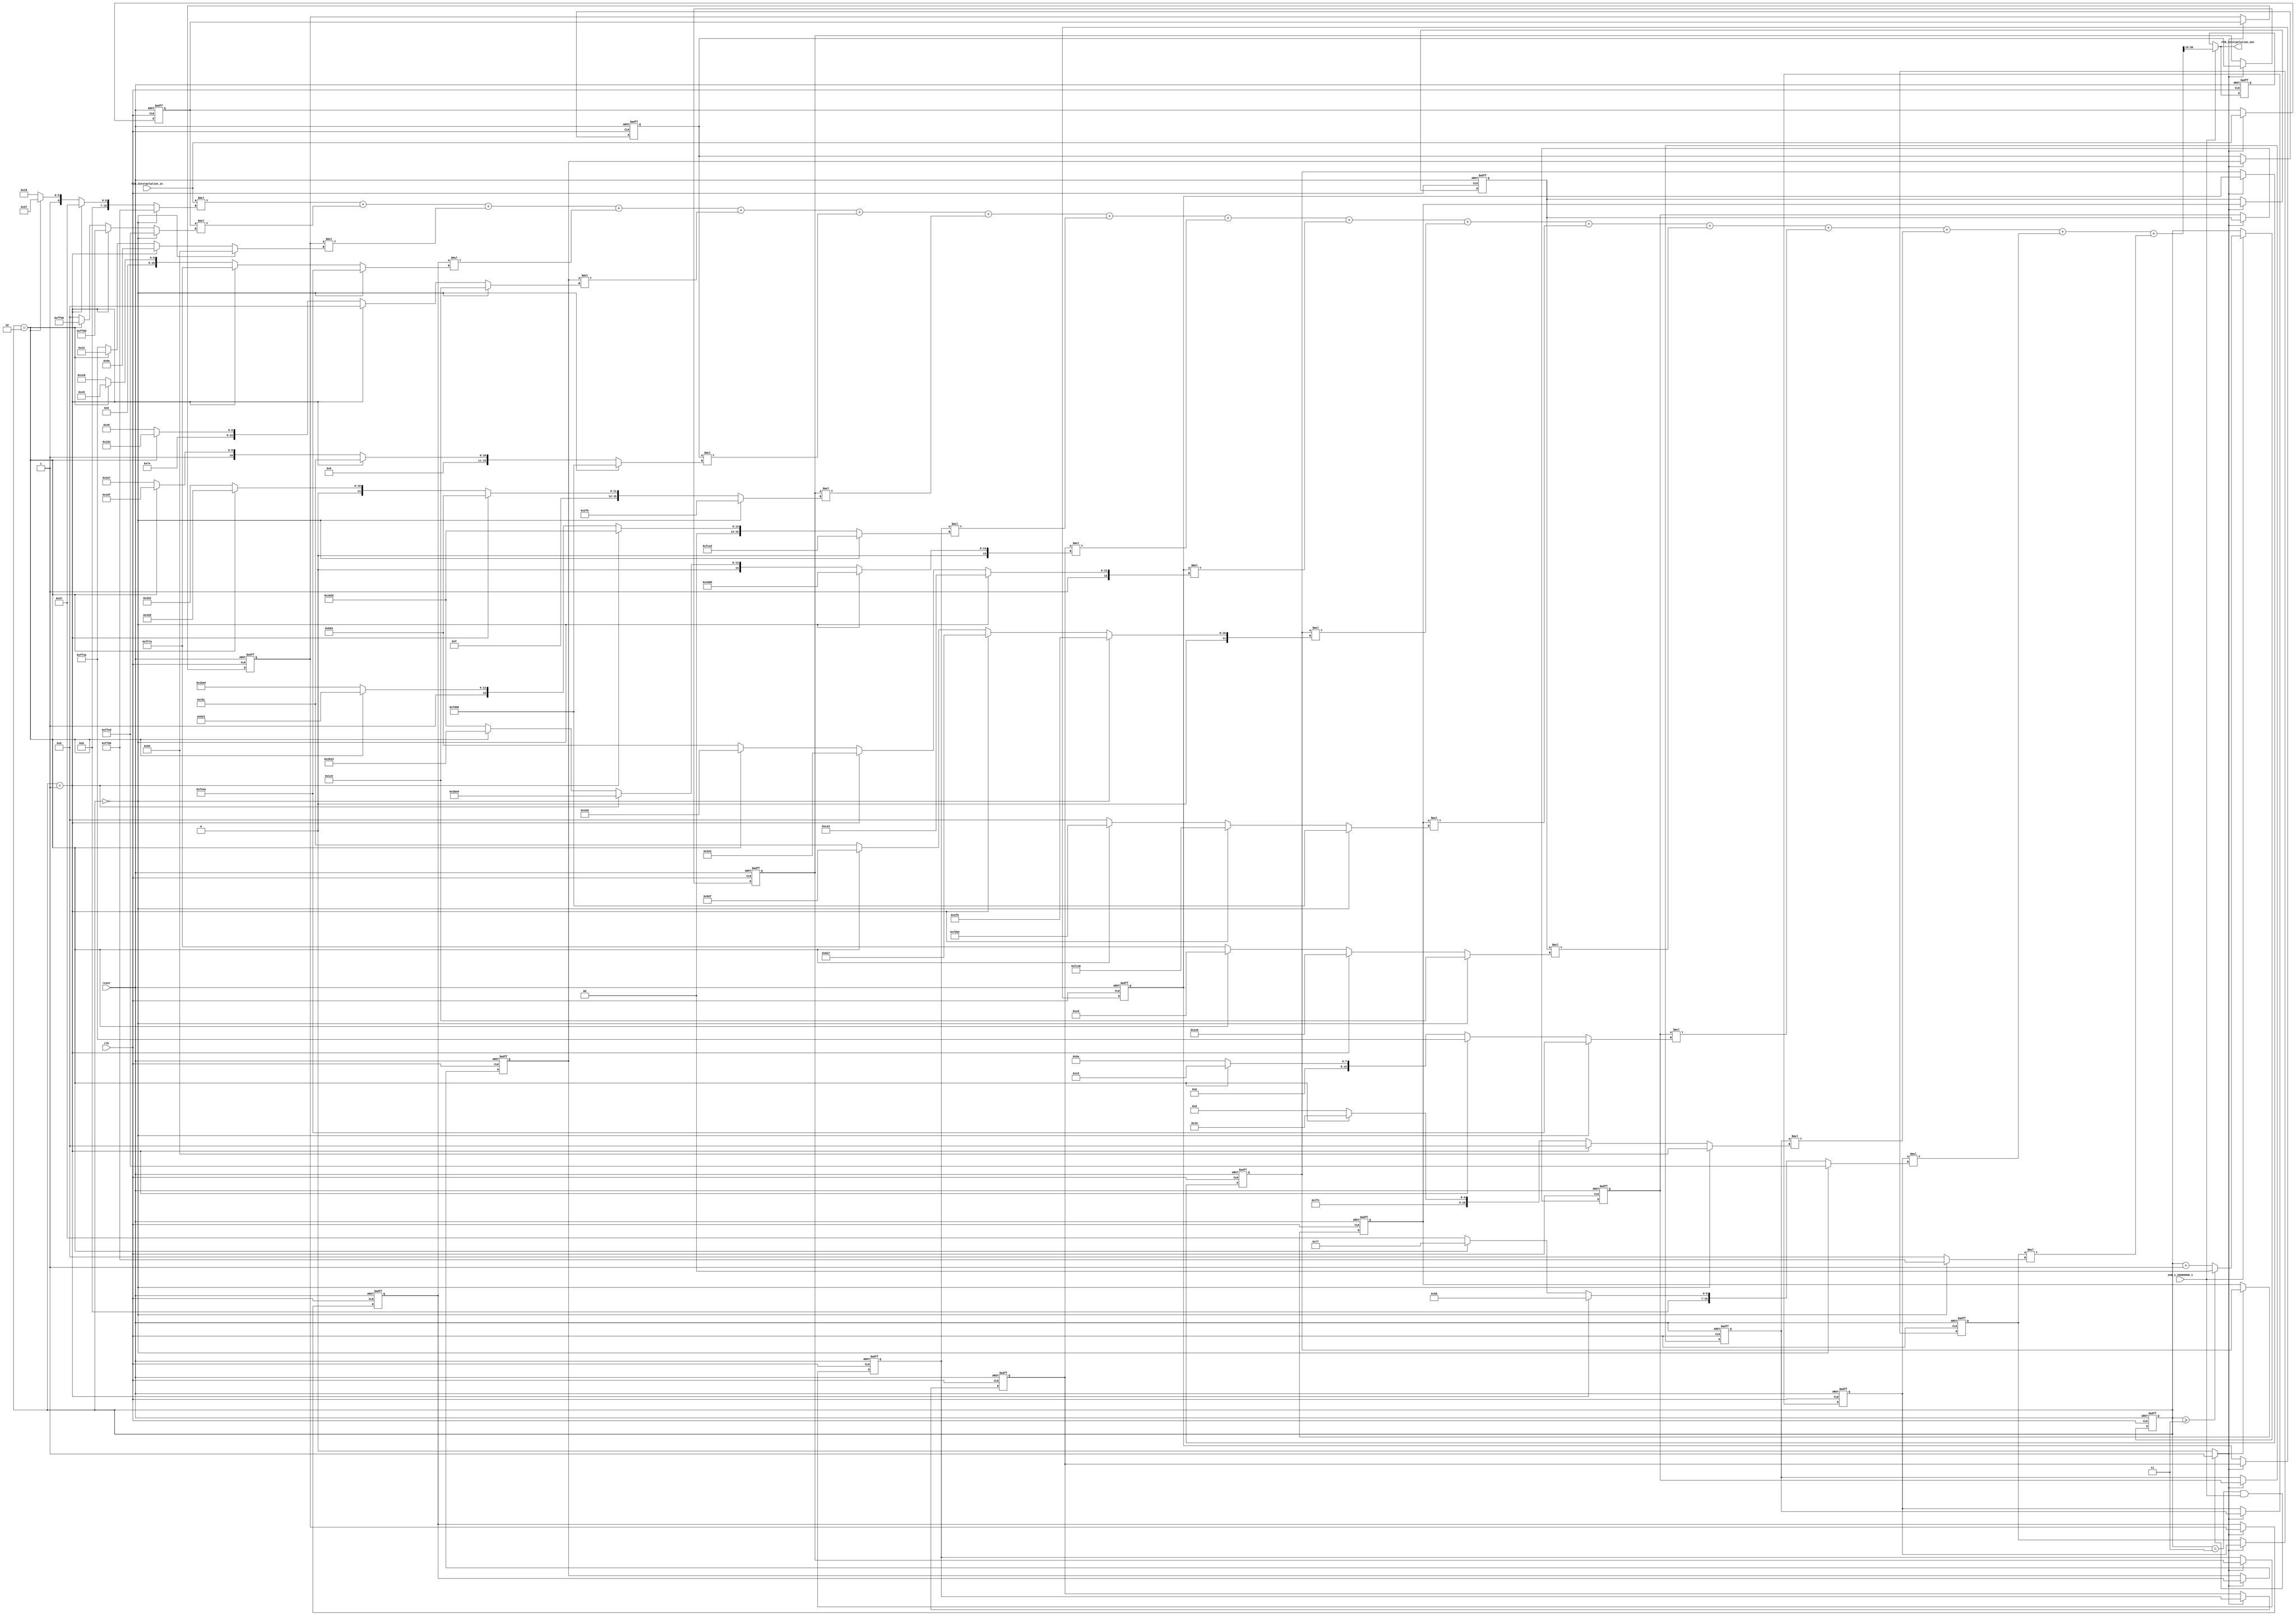
// ------------------------------------------------------------
// 
// Generated by MATLAB 9.12 and HDL Coder 3.20
// 
// ------------------------------------------------------------
// 
// 
// ------------------------------------------------------------
// 
// Module: FIR_Interpolation
// Source Path: /FIR_Interpolation
// 
// ------------------------------------------------------------
// 
// HDL Implementation    : Fully parallel
// Folding Factor        : 1
// Multipliers           : 17



`timescale 1 ns / 1 ns

module FIR_Interpolation
               (
                clk,
                enb_1_25000000_1,
                reset,
                FIR_Interpolation_in,
                FIR_Interpolation_out
                );

  input   clk; 
  input   enb_1_25000000_1; 
  input   reset; 
  input   signed [15:0] FIR_Interpolation_in; //sfix16_En12
  output  signed [15:0] FIR_Interpolation_out; //sfix16_En12

////////////////////////////////////////////////////////////////
//Module Architecture: FIR_Interpolation
////////////////////////////////////////////////////////////////
  // Local Functions
  // Type Definitions
  // Constants
  parameter signed [15:0] coeffphase1_1 = 16'b1111111111010000; //sfix16_En15
  parameter signed [15:0] coeffphase1_2 = 16'b1111111111101101; //sfix16_En15
  parameter signed [15:0] coeffphase1_3 = 16'b0000000010000010; //sfix16_En15
  parameter signed [15:0] coeffphase1_4 = 16'b1111111011101010; //sfix16_En15
  parameter signed [15:0] coeffphase1_5 = 16'b0000000111000000; //sfix16_En15
  parameter signed [15:0] coeffphase1_6 = 16'b1111110110010110; //sfix16_En15
  parameter signed [15:0] coeffphase1_7 = 16'b0000001011111011; //sfix16_En15
  parameter signed [15:0] coeffphase1_8 = 16'b1111110010100011; //sfix16_En15
  parameter signed [15:0] coeffphase1_9 = 16'b0100001110000000; //sfix16_En15
  parameter signed [15:0] coeffphase1_10 = 16'b1111110010100011; //sfix16_En15
  parameter signed [15:0] coeffphase1_11 = 16'b0000001011111011; //sfix16_En15
  parameter signed [15:0] coeffphase1_12 = 16'b1111110110010110; //sfix16_En15
  parameter signed [15:0] coeffphase1_13 = 16'b0000000111000000; //sfix16_En15
  parameter signed [15:0] coeffphase1_14 = 16'b1111111011101010; //sfix16_En15
  parameter signed [15:0] coeffphase1_15 = 16'b0000000010000010; //sfix16_En15
  parameter signed [15:0] coeffphase1_16 = 16'b1111111111101101; //sfix16_En15
  parameter signed [15:0] coeffphase1_17 = 16'b1111111111010000; //sfix16_En15
  parameter signed [15:0] coeffphase2_1 = 16'b0000000000110111; //sfix16_En15
  parameter signed [15:0] coeffphase2_2 = 16'b1111111110001101; //sfix16_En15
  parameter signed [15:0] coeffphase2_3 = 16'b0000000010011010; //sfix16_En15
  parameter signed [15:0] coeffphase2_4 = 16'b1111111101111010; //sfix16_En15
  parameter signed [15:0] coeffphase2_5 = 16'b0000000000000000; //sfix16_En15
  parameter signed [15:0] coeffphase2_6 = 16'b0000000101011100; //sfix16_En15
  parameter signed [15:0] coeffphase2_7 = 16'b1111101101100011; //sfix16_En15
  parameter signed [15:0] coeffphase2_8 = 16'b0001000000100110; //sfix16_En15
  parameter signed [15:0] coeffphase2_9 = 16'b0011101111100000; //sfix16_En15
  parameter signed [15:0] coeffphase2_10 = 16'b1111001100110011; //sfix16_En15
  parameter signed [15:0] coeffphase2_11 = 16'b0000011010100111; //sfix16_En15
  parameter signed [15:0] coeffphase2_12 = 16'b1111110001000110; //sfix16_En15
  parameter signed [15:0] coeffphase2_13 = 16'b0000000111100110; //sfix16_En15
  parameter signed [15:0] coeffphase2_14 = 16'b1111111101001010; //sfix16_En15
  parameter signed [15:0] coeffphase2_15 = 16'b0000000000000000; //sfix16_En15
  parameter signed [15:0] coeffphase2_16 = 16'b0000000001011000; //sfix16_En15
  parameter signed [15:0] coeffphase2_17 = 16'b0000000000000000; //sfix16_En15
  parameter signed [15:0] coeffphase3_1 = 16'b0000000001110111; //sfix16_En15
  parameter signed [15:0] coeffphase3_2 = 16'b1111111110010000; //sfix16_En15
  parameter signed [15:0] coeffphase3_3 = 16'b0000000000010101; //sfix16_En15
  parameter signed [15:0] coeffphase3_4 = 16'b0000000011001000; //sfix16_En15
  parameter signed [15:0] coeffphase3_5 = 16'b1111110110010010; //sfix16_En15
  parameter signed [15:0] coeffphase3_6 = 16'b0000010101101111; //sfix16_En15
  parameter signed [15:0] coeffphase3_7 = 16'b1111010000101101; //sfix16_En15
  parameter signed [15:0] coeffphase3_8 = 16'b0010100000100011; //sfix16_En15
  parameter signed [15:0] coeffphase3_9 = 16'b0010100000100011; //sfix16_En15
  parameter signed [15:0] coeffphase3_10 = 16'b1111010000101101; //sfix16_En15
  parameter signed [15:0] coeffphase3_11 = 16'b0000010101101111; //sfix16_En15
  parameter signed [15:0] coeffphase3_12 = 16'b1111110110010010; //sfix16_En15
  parameter signed [15:0] coeffphase3_13 = 16'b0000000011001000; //sfix16_En15
  parameter signed [15:0] coeffphase3_14 = 16'b0000000000010101; //sfix16_En15
  parameter signed [15:0] coeffphase3_15 = 16'b1111111110010000; //sfix16_En15
  parameter signed [15:0] coeffphase3_16 = 16'b0000000001110111; //sfix16_En15
  parameter signed [15:0] coeffphase3_17 = 16'b0000000000000000; //sfix16_En15
  parameter signed [15:0] coeffphase4_1 = 16'b0000000001011000; //sfix16_En15
  parameter signed [15:0] coeffphase4_2 = 16'b0000000000000000; //sfix16_En15
  parameter signed [15:0] coeffphase4_3 = 16'b1111111101001010; //sfix16_En15
  parameter signed [15:0] coeffphase4_4 = 16'b0000000111100110; //sfix16_En15
  parameter signed [15:0] coeffphase4_5 = 16'b1111110001000110; //sfix16_En15
  parameter signed [15:0] coeffphase4_6 = 16'b0000011010100111; //sfix16_En15
  parameter signed [15:0] coeffphase4_7 = 16'b1111001100110011; //sfix16_En15
  parameter signed [15:0] coeffphase4_8 = 16'b0011101111100000; //sfix16_En15
  parameter signed [15:0] coeffphase4_9 = 16'b0001000000100110; //sfix16_En15
  parameter signed [15:0] coeffphase4_10 = 16'b1111101101100011; //sfix16_En15
  parameter signed [15:0] coeffphase4_11 = 16'b0000000101011100; //sfix16_En15
  parameter signed [15:0] coeffphase4_12 = 16'b0000000000000000; //sfix16_En15
  parameter signed [15:0] coeffphase4_13 = 16'b1111111101111010; //sfix16_En15
  parameter signed [15:0] coeffphase4_14 = 16'b0000000010011010; //sfix16_En15
  parameter signed [15:0] coeffphase4_15 = 16'b1111111110001101; //sfix16_En15
  parameter signed [15:0] coeffphase4_16 = 16'b0000000000110111; //sfix16_En15
  parameter signed [15:0] coeffphase4_17 = 16'b0000000000000000; //sfix16_En15

  // Signals
  reg  [1:0] cur_count; // ufix2
  wire phase_3; // boolean
  reg  signed [15:0] delay_pipeline [0:15] ; // sfix16_En12
  wire signed [31:0] product; // sfix32_En27
  wire signed [15:0] product_mux; // sfix16_En15
  wire signed [31:0] product_1; // sfix32_En27
  wire signed [15:0] product_mux_1; // sfix16_En15
  wire signed [31:0] product_2; // sfix32_En27
  wire signed [15:0] product_mux_2; // sfix16_En15
  wire signed [31:0] product_3; // sfix32_En27
  wire signed [15:0] product_mux_3; // sfix16_En15
  wire signed [31:0] product_4; // sfix32_En27
  wire signed [15:0] product_mux_4; // sfix16_En15
  wire signed [31:0] product_5; // sfix32_En27
  wire signed [15:0] product_mux_5; // sfix16_En15
  wire signed [31:0] product_6; // sfix32_En27
  wire signed [15:0] product_mux_6; // sfix16_En15
  wire signed [31:0] product_7; // sfix32_En27
  wire signed [15:0] product_mux_7; // sfix16_En15
  wire signed [31:0] product_8; // sfix32_En27
  wire signed [15:0] product_mux_8; // sfix16_En15
  wire signed [31:0] product_9; // sfix32_En27
  wire signed [15:0] product_mux_9; // sfix16_En15
  wire signed [31:0] product_10; // sfix32_En27
  wire signed [15:0] product_mux_10; // sfix16_En15
  wire signed [31:0] product_11; // sfix32_En27
  wire signed [15:0] product_mux_11; // sfix16_En15
  wire signed [31:0] product_12; // sfix32_En27
  wire signed [15:0] product_mux_12; // sfix16_En15
  wire signed [31:0] product_13; // sfix32_En27
  wire signed [15:0] product_mux_13; // sfix16_En15
  wire signed [31:0] product_14; // sfix32_En27
  wire signed [15:0] product_mux_14; // sfix16_En15
  wire signed [31:0] product_15; // sfix32_En27
  wire signed [15:0] product_mux_15; // sfix16_En15
  wire signed [31:0] product_16; // sfix32_En27
  wire signed [15:0] product_mux_16; // sfix16_En15
  wire signed [31:0] sum1; // sfix32_En27
  wire signed [31:0] add_cast; // sfix32_En27
  wire signed [31:0] add_cast_1; // sfix32_En27
  wire signed [32:0] add_temp; // sfix33_En27
  wire signed [31:0] sum2; // sfix32_En27
  wire signed [31:0] add_cast_2; // sfix32_En27
  wire signed [31:0] add_cast_3; // sfix32_En27
  wire signed [32:0] add_temp_1; // sfix33_En27
  wire signed [31:0] sum3; // sfix32_En27
  wire signed [31:0] add_cast_4; // sfix32_En27
  wire signed [31:0] add_cast_5; // sfix32_En27
  wire signed [32:0] add_temp_2; // sfix33_En27
  wire signed [31:0] sum4; // sfix32_En27
  wire signed [31:0] add_cast_6; // sfix32_En27
  wire signed [31:0] add_cast_7; // sfix32_En27
  wire signed [32:0] add_temp_3; // sfix33_En27
  wire signed [31:0] sum5; // sfix32_En27
  wire signed [31:0] add_cast_8; // sfix32_En27
  wire signed [31:0] add_cast_9; // sfix32_En27
  wire signed [32:0] add_temp_4; // sfix33_En27
  wire signed [31:0] sum6; // sfix32_En27
  wire signed [31:0] add_cast_10; // sfix32_En27
  wire signed [31:0] add_cast_11; // sfix32_En27
  wire signed [32:0] add_temp_5; // sfix33_En27
  wire signed [31:0] sum7; // sfix32_En27
  wire signed [31:0] add_cast_12; // sfix32_En27
  wire signed [31:0] add_cast_13; // sfix32_En27
  wire signed [32:0] add_temp_6; // sfix33_En27
  wire signed [31:0] sum8; // sfix32_En27
  wire signed [31:0] add_cast_14; // sfix32_En27
  wire signed [31:0] add_cast_15; // sfix32_En27
  wire signed [32:0] add_temp_7; // sfix33_En27
  wire signed [31:0] sum9; // sfix32_En27
  wire signed [31:0] add_cast_16; // sfix32_En27
  wire signed [31:0] add_cast_17; // sfix32_En27
  wire signed [32:0] add_temp_8; // sfix33_En27
  wire signed [31:0] sum10; // sfix32_En27
  wire signed [31:0] add_cast_18; // sfix32_En27
  wire signed [31:0] add_cast_19; // sfix32_En27
  wire signed [32:0] add_temp_9; // sfix33_En27
  wire signed [31:0] sum11; // sfix32_En27
  wire signed [31:0] add_cast_20; // sfix32_En27
  wire signed [31:0] add_cast_21; // sfix32_En27
  wire signed [32:0] add_temp_10; // sfix33_En27
  wire signed [31:0] sum12; // sfix32_En27
  wire signed [31:0] add_cast_22; // sfix32_En27
  wire signed [31:0] add_cast_23; // sfix32_En27
  wire signed [32:0] add_temp_11; // sfix33_En27
  wire signed [31:0] sum13; // sfix32_En27
  wire signed [31:0] add_cast_24; // sfix32_En27
  wire signed [31:0] add_cast_25; // sfix32_En27
  wire signed [32:0] add_temp_12; // sfix33_En27
  wire signed [31:0] sum14; // sfix32_En27
  wire signed [31:0] add_cast_26; // sfix32_En27
  wire signed [31:0] add_cast_27; // sfix32_En27
  wire signed [32:0] add_temp_13; // sfix33_En27
  wire signed [31:0] sum15; // sfix32_En27
  wire signed [31:0] add_cast_28; // sfix32_En27
  wire signed [31:0] add_cast_29; // sfix32_En27
  wire signed [32:0] add_temp_14; // sfix33_En27
  wire signed [31:0] sum16; // sfix32_En27
  wire signed [31:0] add_cast_30; // sfix32_En27
  wire signed [31:0] add_cast_31; // sfix32_En27
  wire signed [32:0] add_temp_15; // sfix33_En27
  wire signed [15:0] output_typeconvert; // sfix16_En12
  reg  signed [15:0] regout; // sfix16_En12
  wire signed [15:0] muxout; // sfix16_En12

  // Block Statements
  always @ (posedge clk or posedge reset)
    begin: ce_output
      if (reset == 1'b1) begin
        cur_count <= 2'b00;
      end
      else begin
        if (enb_1_25000000_1 == 1'b1) begin
          if (cur_count >= 2'b11) begin
            cur_count <= 2'b00;
          end
          else begin
            cur_count <= cur_count + 2'b01;
          end
        end
      end
    end // ce_output

  assign  phase_3 = (cur_count == 2'b11 && enb_1_25000000_1 == 1'b1) ? 1'b1 : 1'b0;

  //   ---------------- Delay Registers ----------------

  always @( posedge clk or posedge reset)
    begin: Delay_Pipeline_process
      if (reset == 1'b1) begin
        delay_pipeline[0] <= 0;
        delay_pipeline[1] <= 0;
        delay_pipeline[2] <= 0;
        delay_pipeline[3] <= 0;
        delay_pipeline[4] <= 0;
        delay_pipeline[5] <= 0;
        delay_pipeline[6] <= 0;
        delay_pipeline[7] <= 0;
        delay_pipeline[8] <= 0;
        delay_pipeline[9] <= 0;
        delay_pipeline[10] <= 0;
        delay_pipeline[11] <= 0;
        delay_pipeline[12] <= 0;
        delay_pipeline[13] <= 0;
        delay_pipeline[14] <= 0;
        delay_pipeline[15] <= 0;
      end
      else begin
        if (phase_3 == 1'b1) begin
          delay_pipeline[0] <= FIR_Interpolation_in;
          delay_pipeline[1] <= delay_pipeline[0];
          delay_pipeline[2] <= delay_pipeline[1];
          delay_pipeline[3] <= delay_pipeline[2];
          delay_pipeline[4] <= delay_pipeline[3];
          delay_pipeline[5] <= delay_pipeline[4];
          delay_pipeline[6] <= delay_pipeline[5];
          delay_pipeline[7] <= delay_pipeline[6];
          delay_pipeline[8] <= delay_pipeline[7];
          delay_pipeline[9] <= delay_pipeline[8];
          delay_pipeline[10] <= delay_pipeline[9];
          delay_pipeline[11] <= delay_pipeline[10];
          delay_pipeline[12] <= delay_pipeline[11];
          delay_pipeline[13] <= delay_pipeline[12];
          delay_pipeline[14] <= delay_pipeline[13];
          delay_pipeline[15] <= delay_pipeline[14];
        end
      end
    end // Delay_Pipeline_process


  assign product_mux = (cur_count == 2'b00) ? coeffphase1_17 :
                      (cur_count == 2'b01) ? coeffphase2_17 :
                      (cur_count == 2'b10) ? coeffphase3_17 :
                      coeffphase4_17;
  assign product = delay_pipeline[15] * product_mux;

  assign product_mux_1 = (cur_count == 2'b00) ? coeffphase1_16 :
                        (cur_count == 2'b01) ? coeffphase2_16 :
                        (cur_count == 2'b10) ? coeffphase3_16 :
                        coeffphase4_16;
  assign product_1 = delay_pipeline[14] * product_mux_1;

  assign product_mux_2 = (cur_count == 2'b00) ? coeffphase1_15 :
                        (cur_count == 2'b01) ? coeffphase2_15 :
                        (cur_count == 2'b10) ? coeffphase3_15 :
                        coeffphase4_15;
  assign product_2 = delay_pipeline[13] * product_mux_2;

  assign product_mux_3 = (cur_count == 2'b00) ? coeffphase1_14 :
                        (cur_count == 2'b01) ? coeffphase2_14 :
                        (cur_count == 2'b10) ? coeffphase3_14 :
                        coeffphase4_14;
  assign product_3 = delay_pipeline[12] * product_mux_3;

  assign product_mux_4 = (cur_count == 2'b00) ? coeffphase1_13 :
                        (cur_count == 2'b01) ? coeffphase2_13 :
                        (cur_count == 2'b10) ? coeffphase3_13 :
                        coeffphase4_13;
  assign product_4 = delay_pipeline[11] * product_mux_4;

  assign product_mux_5 = (cur_count == 2'b00) ? coeffphase1_12 :
                        (cur_count == 2'b01) ? coeffphase2_12 :
                        (cur_count == 2'b10) ? coeffphase3_12 :
                        coeffphase4_12;
  assign product_5 = delay_pipeline[10] * product_mux_5;

  assign product_mux_6 = (cur_count == 2'b00) ? coeffphase1_11 :
                        (cur_count == 2'b01) ? coeffphase2_11 :
                        (cur_count == 2'b10) ? coeffphase3_11 :
                        coeffphase4_11;
  assign product_6 = delay_pipeline[9] * product_mux_6;

  assign product_mux_7 = (cur_count == 2'b00) ? coeffphase1_10 :
                        (cur_count == 2'b01) ? coeffphase2_10 :
                        (cur_count == 2'b10) ? coeffphase3_10 :
                        coeffphase4_10;
  assign product_7 = delay_pipeline[8] * product_mux_7;

  assign product_mux_8 = (cur_count == 2'b00) ? coeffphase1_9 :
                        (cur_count == 2'b01) ? coeffphase2_9 :
                        (cur_count == 2'b10) ? coeffphase3_9 :
                        coeffphase4_9;
  assign product_8 = delay_pipeline[7] * product_mux_8;

  assign product_mux_9 = (cur_count == 2'b00) ? coeffphase1_8 :
                        (cur_count == 2'b01) ? coeffphase2_8 :
                        (cur_count == 2'b10) ? coeffphase3_8 :
                        coeffphase4_8;
  assign product_9 = delay_pipeline[6] * product_mux_9;

  assign product_mux_10 = (cur_count == 2'b00) ? coeffphase1_7 :
                         (cur_count == 2'b01) ? coeffphase2_7 :
                         (cur_count == 2'b10) ? coeffphase3_7 :
                         coeffphase4_7;
  assign product_10 = delay_pipeline[5] * product_mux_10;

  assign product_mux_11 = (cur_count == 2'b00) ? coeffphase1_6 :
                         (cur_count == 2'b01) ? coeffphase2_6 :
                         (cur_count == 2'b10) ? coeffphase3_6 :
                         coeffphase4_6;
  assign product_11 = delay_pipeline[4] * product_mux_11;

  assign product_mux_12 = (cur_count == 2'b00) ? coeffphase1_5 :
                         (cur_count == 2'b01) ? coeffphase2_5 :
                         (cur_count == 2'b10) ? coeffphase3_5 :
                         coeffphase4_5;
  assign product_12 = delay_pipeline[3] * product_mux_12;

  assign product_mux_13 = (cur_count == 2'b00) ? coeffphase1_4 :
                         (cur_count == 2'b01) ? coeffphase2_4 :
                         (cur_count == 2'b10) ? coeffphase3_4 :
                         coeffphase4_4;
  assign product_13 = delay_pipeline[2] * product_mux_13;

  assign product_mux_14 = (cur_count == 2'b00) ? coeffphase1_3 :
                         (cur_count == 2'b01) ? coeffphase2_3 :
                         (cur_count == 2'b10) ? coeffphase3_3 :
                         coeffphase4_3;
  assign product_14 = delay_pipeline[1] * product_mux_14;

  assign product_mux_15 = (cur_count == 2'b00) ? coeffphase1_2 :
                         (cur_count == 2'b01) ? coeffphase2_2 :
                         (cur_count == 2'b10) ? coeffphase3_2 :
                         coeffphase4_2;
  assign product_15 = delay_pipeline[0] * product_mux_15;

  assign product_mux_16 = (cur_count == 2'b00) ? coeffphase1_1 :
                         (cur_count == 2'b01) ? coeffphase2_1 :
                         (cur_count == 2'b10) ? coeffphase3_1 :
                         coeffphase4_1;
  assign product_16 = FIR_Interpolation_in * product_mux_16;

  assign add_cast = product_16;
  assign add_cast_1 = product_15;
  assign add_temp = add_cast + add_cast_1;
  assign sum1 = add_temp[31:0];

  assign add_cast_2 = sum1;
  assign add_cast_3 = product_14;
  assign add_temp_1 = add_cast_2 + add_cast_3;
  assign sum2 = add_temp_1[31:0];

  assign add_cast_4 = sum2;
  assign add_cast_5 = product_13;
  assign add_temp_2 = add_cast_4 + add_cast_5;
  assign sum3 = add_temp_2[31:0];

  assign add_cast_6 = sum3;
  assign add_cast_7 = product_12;
  assign add_temp_3 = add_cast_6 + add_cast_7;
  assign sum4 = add_temp_3[31:0];

  assign add_cast_8 = sum4;
  assign add_cast_9 = product_11;
  assign add_temp_4 = add_cast_8 + add_cast_9;
  assign sum5 = add_temp_4[31:0];

  assign add_cast_10 = sum5;
  assign add_cast_11 = product_10;
  assign add_temp_5 = add_cast_10 + add_cast_11;
  assign sum6 = add_temp_5[31:0];

  assign add_cast_12 = sum6;
  assign add_cast_13 = product_9;
  assign add_temp_6 = add_cast_12 + add_cast_13;
  assign sum7 = add_temp_6[31:0];

  assign add_cast_14 = sum7;
  assign add_cast_15 = product_8;
  assign add_temp_7 = add_cast_14 + add_cast_15;
  assign sum8 = add_temp_7[31:0];

  assign add_cast_16 = sum8;
  assign add_cast_17 = product_7;
  assign add_temp_8 = add_cast_16 + add_cast_17;
  assign sum9 = add_temp_8[31:0];

  assign add_cast_18 = sum9;
  assign add_cast_19 = product_6;
  assign add_temp_9 = add_cast_18 + add_cast_19;
  assign sum10 = add_temp_9[31:0];

  assign add_cast_20 = sum10;
  assign add_cast_21 = product_5;
  assign add_temp_10 = add_cast_20 + add_cast_21;
  assign sum11 = add_temp_10[31:0];

  assign add_cast_22 = sum11;
  assign add_cast_23 = product_4;
  assign add_temp_11 = add_cast_22 + add_cast_23;
  assign sum12 = add_temp_11[31:0];

  assign add_cast_24 = sum12;
  assign add_cast_25 = product_3;
  assign add_temp_12 = add_cast_24 + add_cast_25;
  assign sum13 = add_temp_12[31:0];

  assign add_cast_26 = sum13;
  assign add_cast_27 = product_2;
  assign add_temp_13 = add_cast_26 + add_cast_27;
  assign sum14 = add_temp_13[31:0];

  assign add_cast_28 = sum14;
  assign add_cast_29 = product_1;
  assign add_temp_14 = add_cast_28 + add_cast_29;
  assign sum15 = add_temp_14[31:0];

  assign add_cast_30 = sum15;
  assign add_cast_31 = product;
  assign add_temp_15 = add_cast_30 + add_cast_31;
  assign sum16 = add_temp_15[31:0];

  assign output_typeconvert = sum16[30:15];

  always @ (posedge clk or posedge reset)
    begin: DataHoldRegister_process
      if (reset == 1'b1) begin
        regout <= 0;
      end
      else begin
        if (enb_1_25000000_1 == 1'b1) begin
          regout <= output_typeconvert;
        end
      end
    end // DataHoldRegister_process

  assign muxout = (enb_1_25000000_1 == 1'b1) ? output_typeconvert :
            regout;
  // Assignment Statements
  assign FIR_Interpolation_out = muxout;
endmodule  // FIR_Interpolation